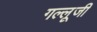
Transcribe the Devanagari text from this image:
गल्लूजी